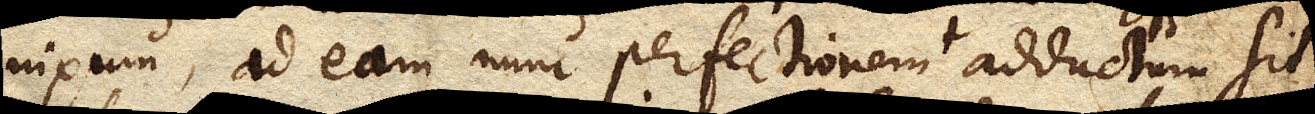
nixum, ad eam nunc perfectionem adductum sit,